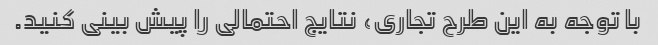
با توجه به این طرح تجاری، نتایج احتمالی را پیش بینی کنید.